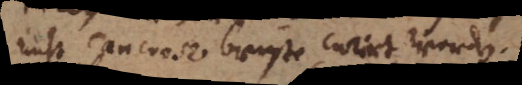
nicht cancrose brüste curirt werden.